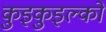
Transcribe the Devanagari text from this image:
कुइकुइल्को